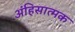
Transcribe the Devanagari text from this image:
अंहिसात्मक